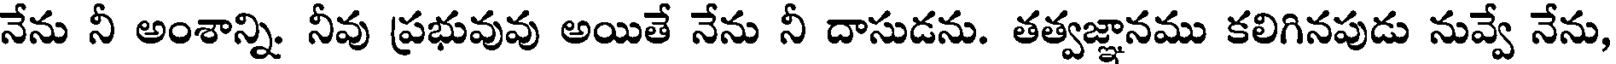
నేను నీ అంశాన్ని. నీవు ప్రభువువు అయితే నేను నీ దాసుడను. తత్వజ్ఞానము కలిగినపుడు నువ్వే నేను,